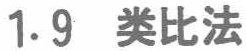
1.9 类比法